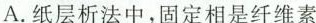
A.纸层析法中，固定相是纤维素